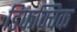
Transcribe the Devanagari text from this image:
डिफक्विक